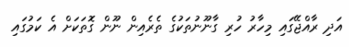
އަދި ރާއްޖޭގައި މިހާރު ހުރި ގާނޫނުތަކުގެ ތެރެއިން ނޫން ގޮތަކަށް އެ ކަމުގައި